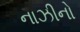
નાઝીનો